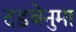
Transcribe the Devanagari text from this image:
दड़बेनुमा